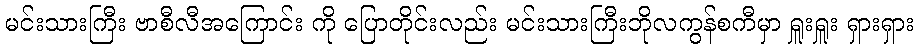
မင်းသားကြီး ဗာစီလီအကြောင်း ကို ပြောတိုင်းလည်း မင်းသားကြီးဘိုလကွန်စကီမှာ ရှူးရှူး ရှားရှား